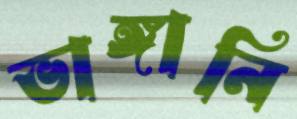
ভাঙ্গানি